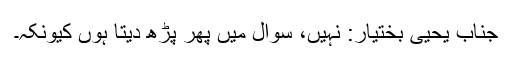
جناب یحییٰ بختیار: نہیں، سوال میں پھر پڑھ دیتا ہوں کیونکہ۔